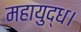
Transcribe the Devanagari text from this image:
महायुद्ध।